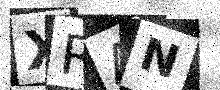
Text: XRAN